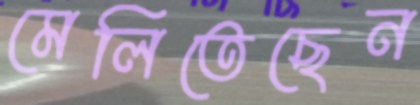
মেলিতেছেন